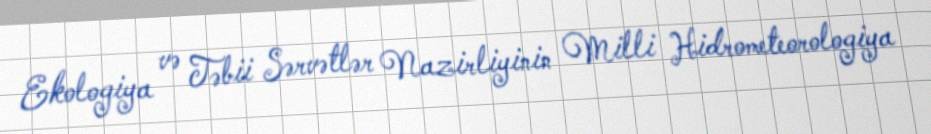
Ekologiya və Təbii Sərvətlər Nazirliyinin Milli Hidrometeorologiya